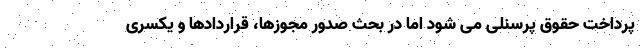
پرداخت حقوق پرسنلی می شود اما در بحث صدور مجوزها، قراردادها و یکسری